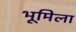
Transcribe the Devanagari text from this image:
भूमिला